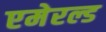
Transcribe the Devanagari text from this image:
एमेरल्ड